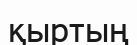
қыртың